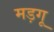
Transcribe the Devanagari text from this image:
मड़गू